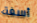
أسفة